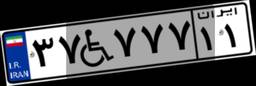
۳۷W۷۷۷۱۱